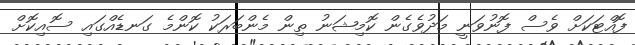
ފޮއްޓަކަށް ވެސް ފޮނުވަނީ މަދުވެގެން ކޮމިޝަނު ތިން މެންބަރަކު ކޮންމެ ގަނޑެއްގައި ސޮއިކޮށް